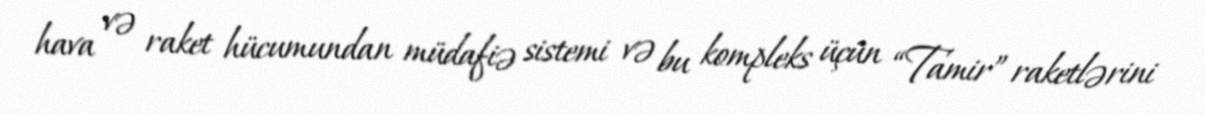
hava və raket hücumundan müdafiə sistemi və bu kompleks üçün “Tamir” raketlərini